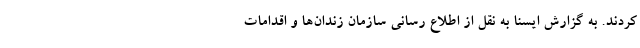
کردند. به گزارش ایسنا به نقل از اطلاع رسانی سازمان زندان‌ها و اقدامات